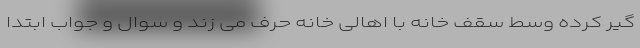
گیر کرده وسط سقف خانه با اهالی خانه حرف می زند و سوال و جواب ابتدا